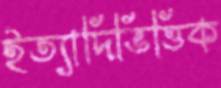
ইত্যাদিভিত্তিক